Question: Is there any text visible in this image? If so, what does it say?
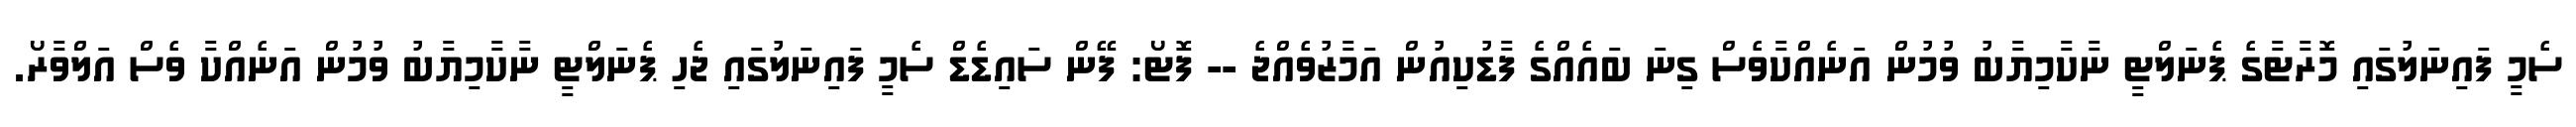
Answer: ސެމީ ފައިނަލުގައި މޮރާޓާގެ ޕެނަލްޓީ ނާކާމިޔާބު ވުމުން އަނެއްކާވެސް ގިނަ ބައެއްގެ ފާޑުކިއުން އަމާޒުވެއްޖެ -- ފޮޓޯ: ފޭން ސައިޑެޑް ސެމީ ފައިނަލުގައި ޖެހި ޕެނަލްޓީ ނާކާމިޔާބު ވުމުން އަނެއްކާ ވެސް އަލްވާރޯ.